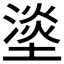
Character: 𰊣